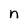
Character: n